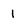
Character: 1